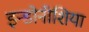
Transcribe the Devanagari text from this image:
इन्डोनीशिया